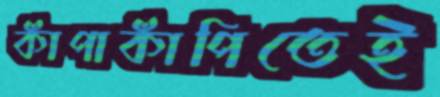
কাঁপাকাঁপিতেই